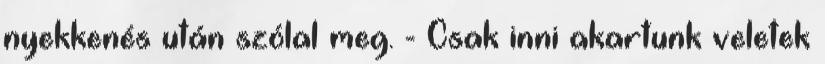
nyekkenés után szólal meg. - Csak inni akartunk veletek